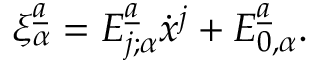
\xi _ { \alpha } ^ { \underline { { { a } } } } = E _ { j ; \alpha } ^ { \underline { { { a } } } } \dot { x } ^ { j } + E _ { 0 , \alpha } ^ { \underline { { { a } } } } .